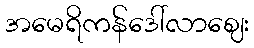
အမေရိကန်ဒေါ်လာဈေး